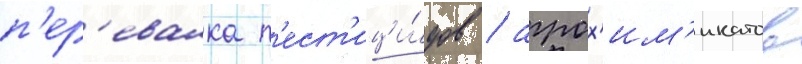
п'ер'евалка п'ест'ици́дов / агрох'им'икатов